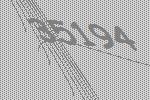
35194